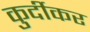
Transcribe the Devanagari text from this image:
कुर्दीकर